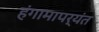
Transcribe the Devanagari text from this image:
हंगामापर्यंत